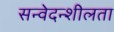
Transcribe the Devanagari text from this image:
सन्वेदन्शीलता